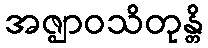
အဇ္ဈာဝသိတုန္တိ